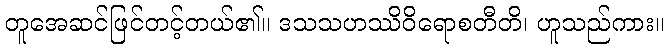
တူအေဆင်ဖြင်တင့်တယ်၏။ ဒသသဟဿိဝိရောစတီတိ၊ ဟူသည်ကား။